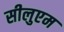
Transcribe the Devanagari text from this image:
सीलुएम